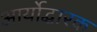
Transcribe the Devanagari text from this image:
आर्योद्धारक